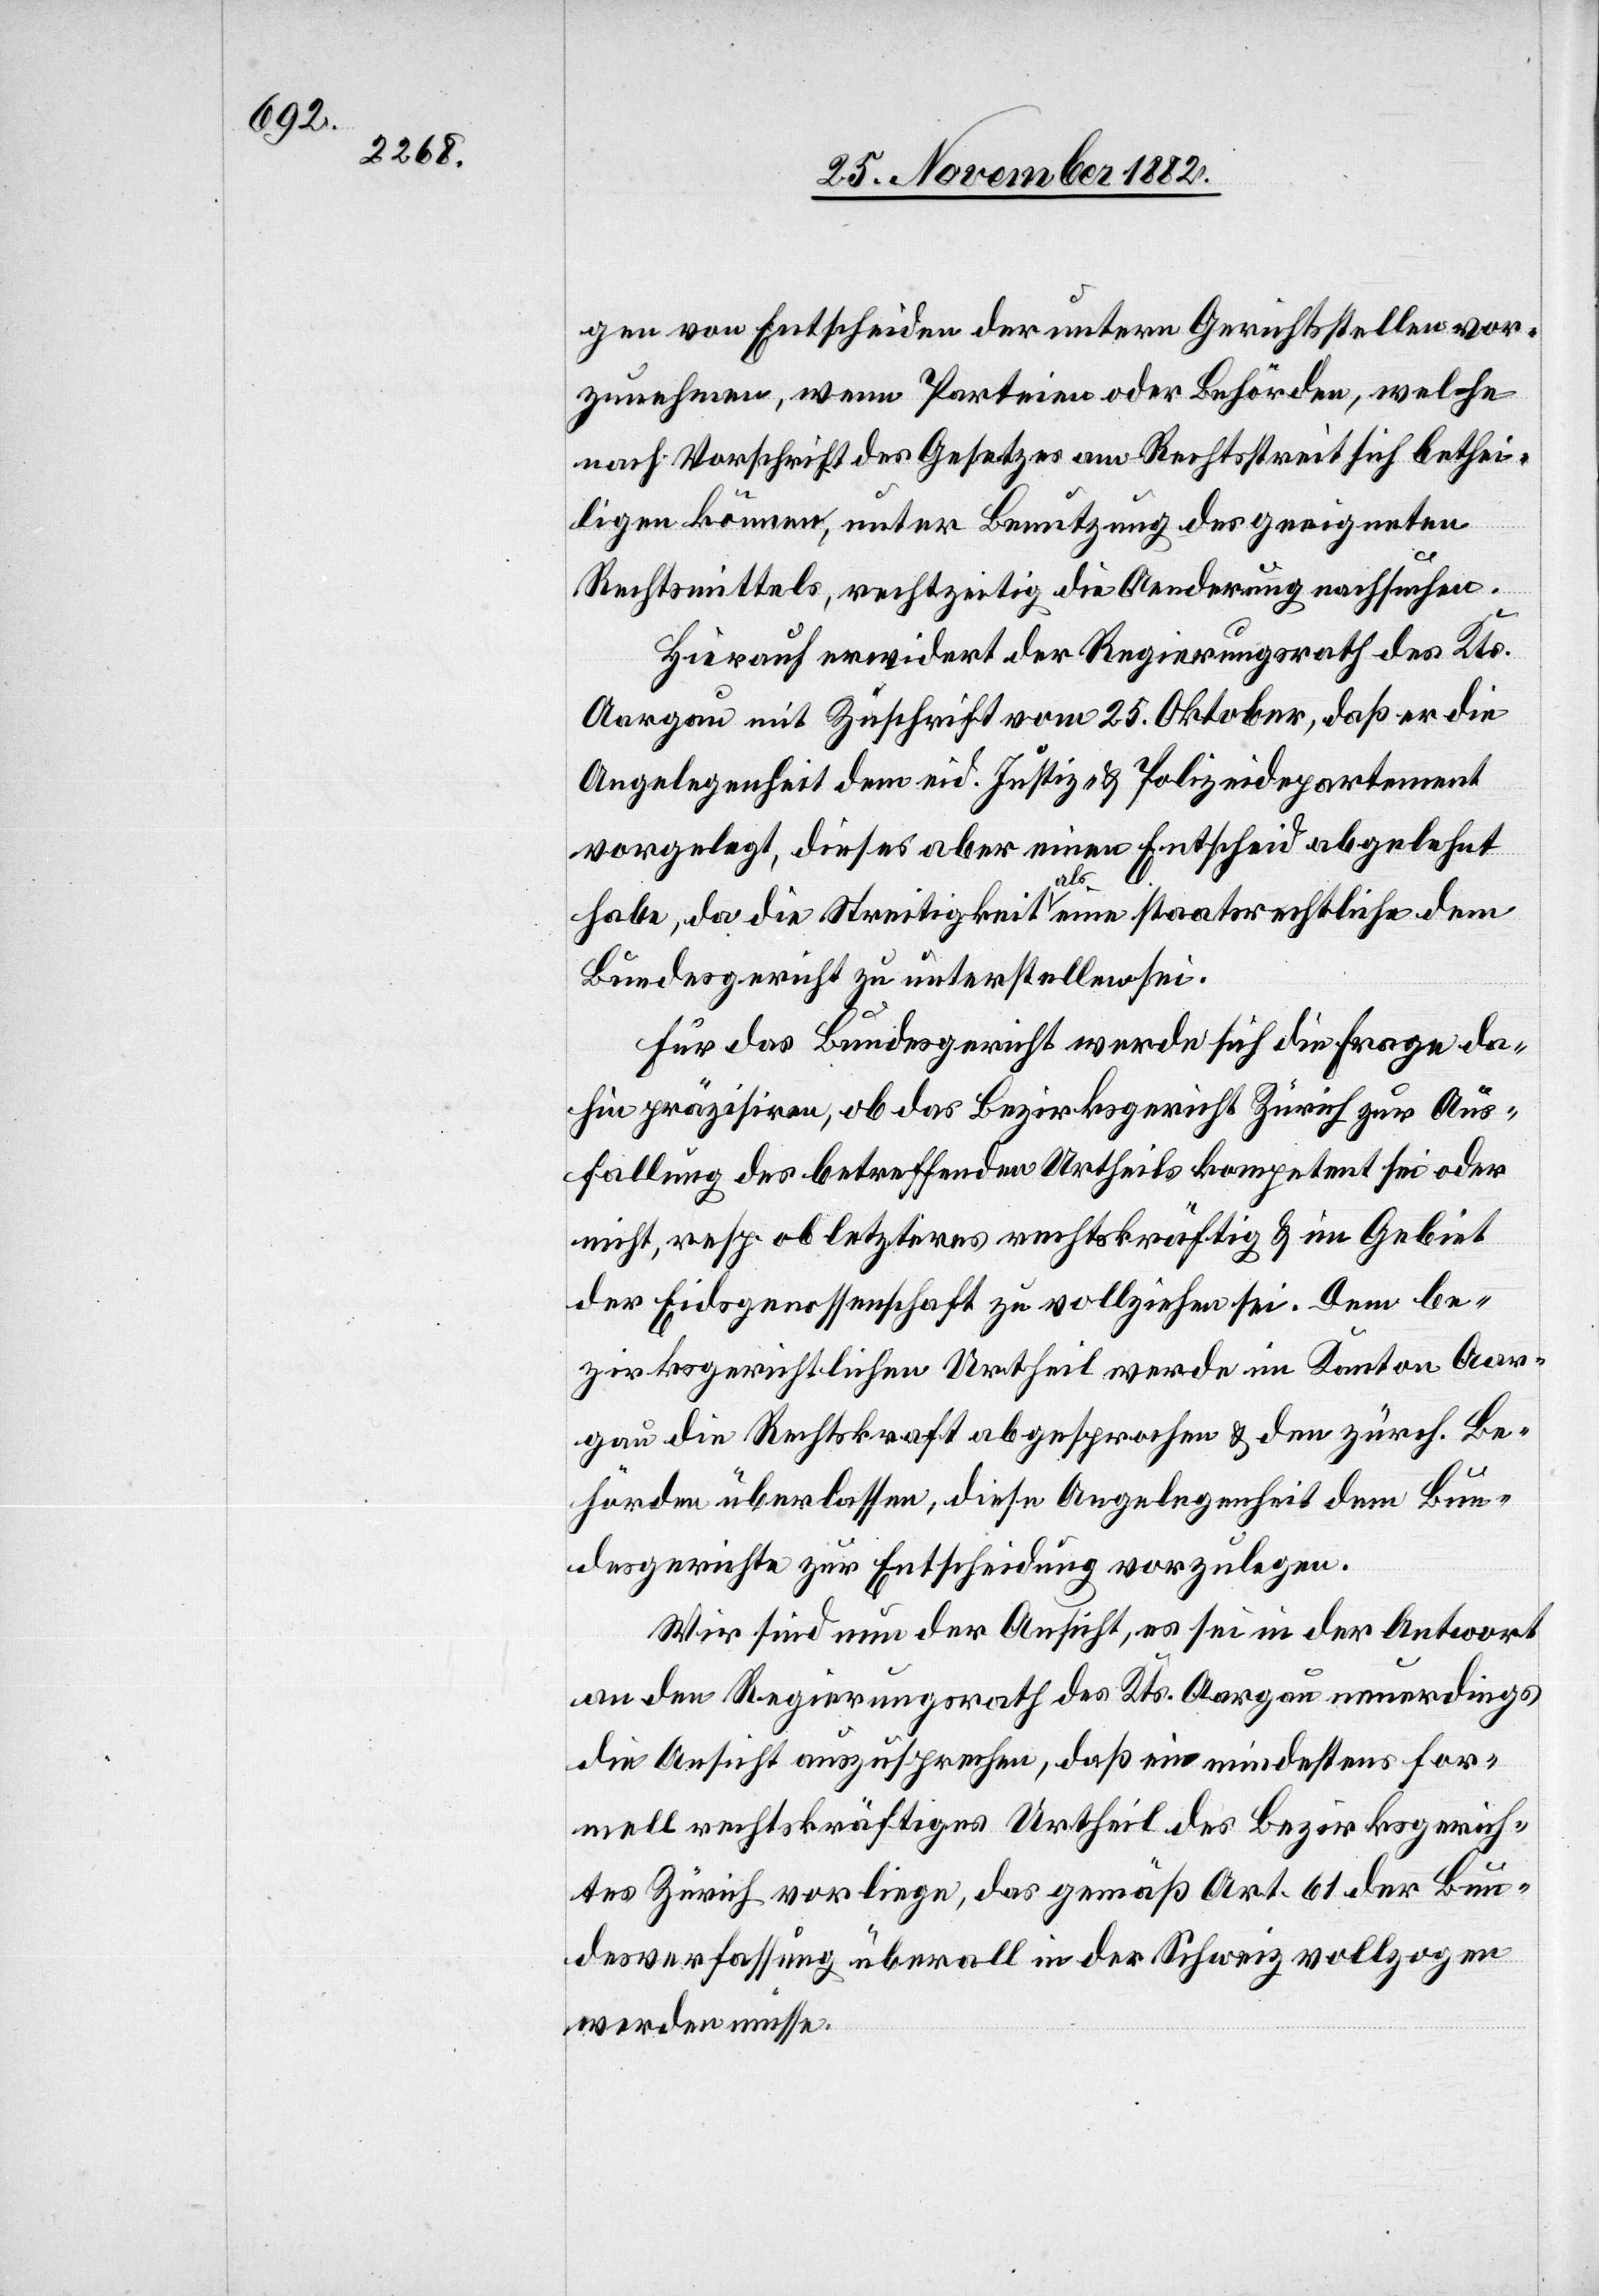
gen von Entscheiden der untern Gerichtsstellen vor¬
zunehmen, wenn Parteien oder Behörden, welche
nach Vorschrift des Gesetzes am Rechtsstreit sich bethei¬
ligen können, unter Benutzung des geeigneten
Rechtsmittels, rechtzeitig die Aenderung nachsuchen.
Hierauf erwidert der Regierungsrath des Kts.
Aargau mit Zuschrift vom 25. Oktober, daß er die
Angelegenheit dem eid. Justiz- & Polizeidepartement
vorgelegt, dieses aber einen Entscheid abgelehnt
Aus¬
habe, da die Streitigkeit als eine staatsrechtliche dem
Bundesgericht zu unterstellen sei.
Für das Bundesgericht werde sich die Frage da¬
hin präzisiren, ob das Bezirksgericht Zürich zur Aus¬
fällung] des betreffenden Urtheils kompetent sei oder
nicht, resp. ob letzteres rechtskräftig & im Gebiet
der Eidsgenossenschaft zu vollziehen sei. Dem be¬
zirksgerichtlichen Urtheil werde im Kanton Aar¬
gau die Rechtskraft abgesprochen & den zürch. Be¬
hörden überlassen, diese Angelegenheit dem Bun¬
desgerichte zur Entscheidung vorzulegen.
Wir sind nun der Ansicht, es sei in der Antwort
an den Regierungsrath des Kts. Aargau neuerdings
die Ansicht auszusprechen, daß ein mindestens for¬
mell rechtskräftiges Urtheil des Bezirksgerich¬
tes Zürich vorliege, das gemäß Art. 61 der Bun¬
desverfassung überall in der Schweiz vollzogen
werden müsse.